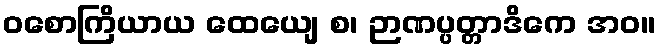
ဝစောကြိယာယ ထေယျေ စ၊ ဉာဏပ္ပတ္တာဒိကေ အဝ။